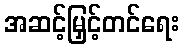
အဆင့်မြှင့်တင်ရေး